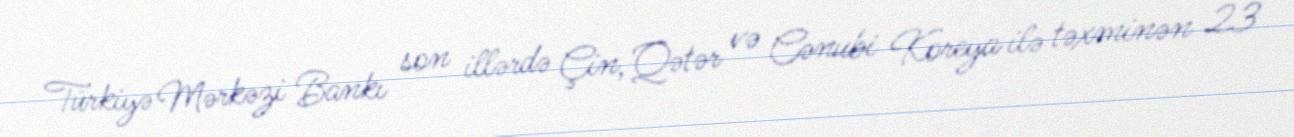
Türkiyə Mərkəzi Bankı son illərdə Çin, Qətər və Cənubi Koreya ilə təxminən 23